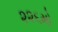
૨૨૬મો